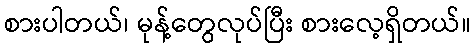
စားပါတယ်၊ မုန့်တွေလုပ်ပြီး စားလေ့ရှိတယ်။